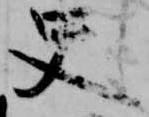
史